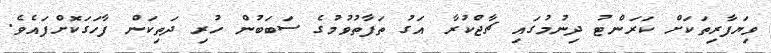
ވިޔަފާރިތަކަށް ކަރަންޓު ދިނުމުގައި ޗާޖްކުރާ އަގު ތަފާތުވުމުގެ ސަބަބުން ހުރި ދަތިކަން ފާހަގަކޮށްފައެވެ.